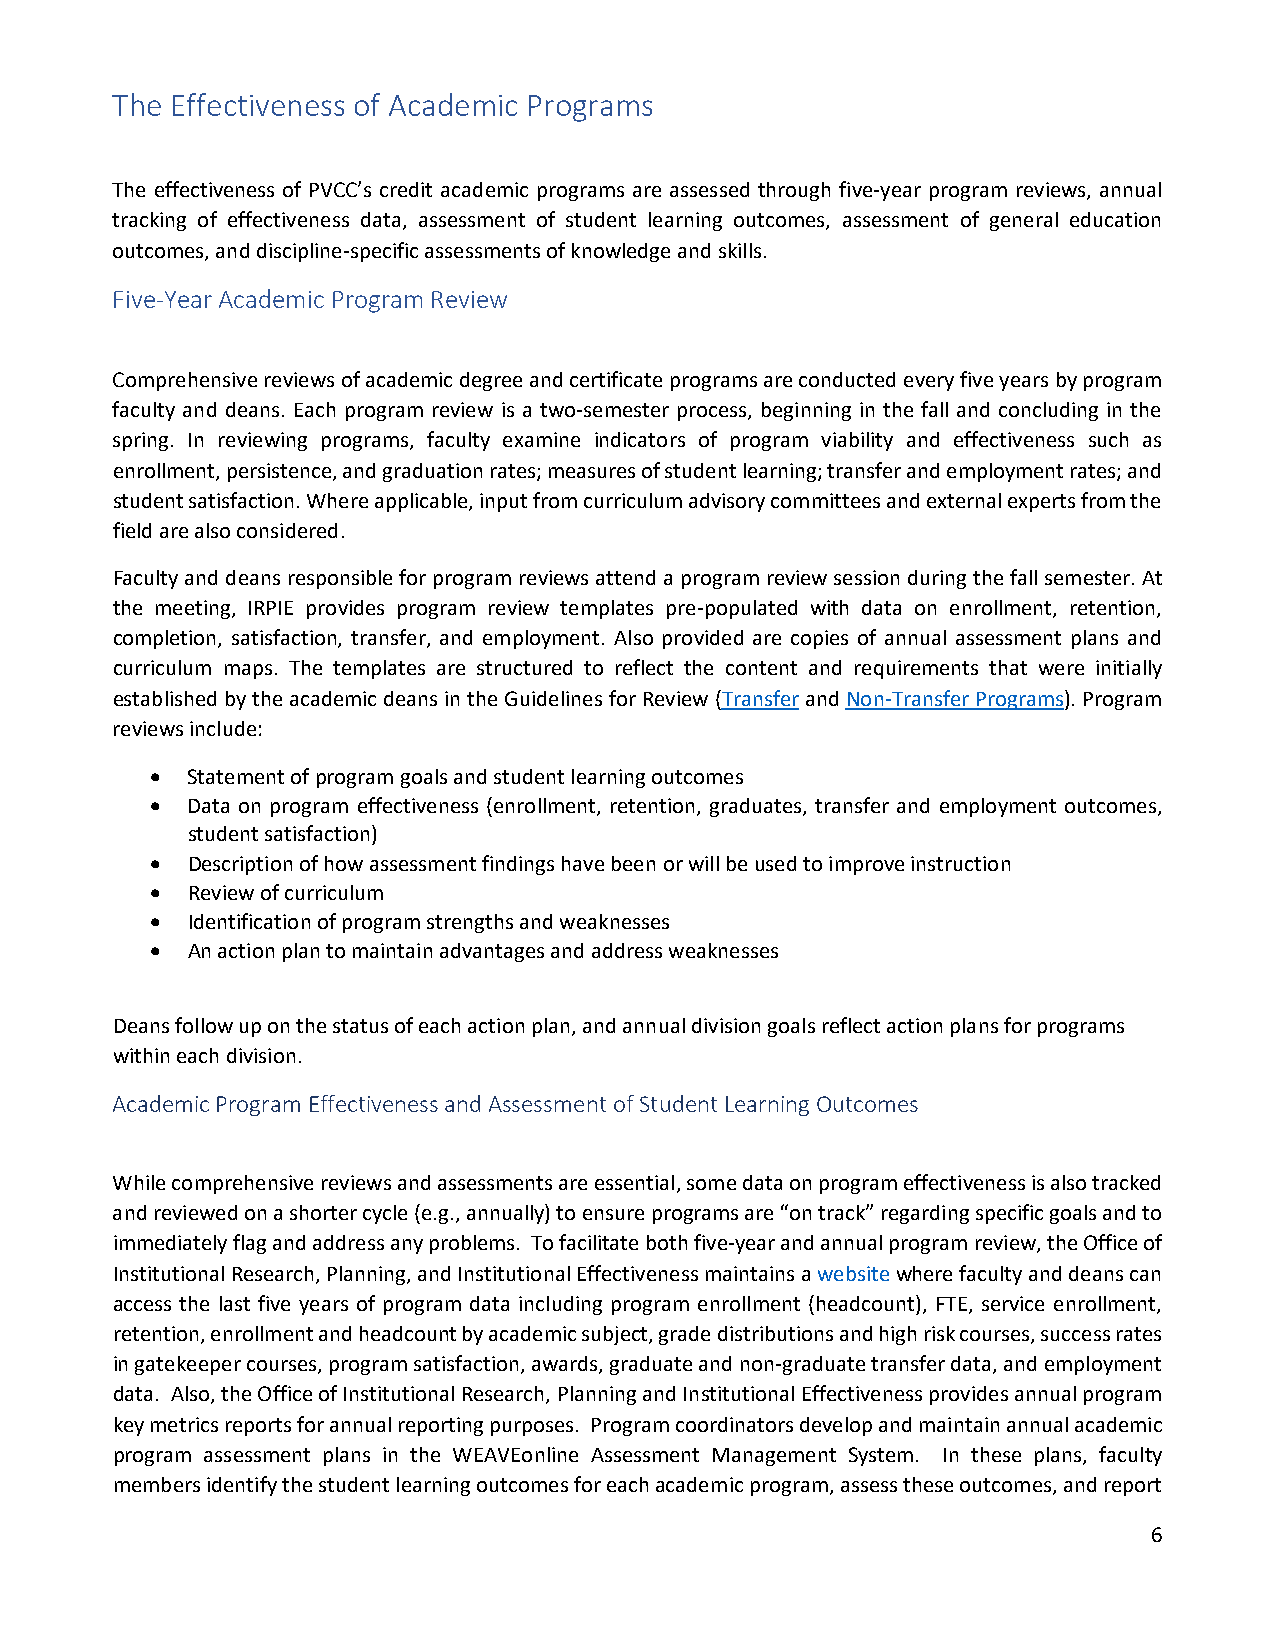
The Effectiveness of Academic Programs
 The effectiveness of PVCC’s credit academic programs are assessed through five-year program reviews, annual
 tracking of effectiveness data, assessment of student learning outcomes, assessment of general education
 outcomes, and discipline-specific assessments of knowledge and skills.
 Five-Year Academic Program Review
 Comprehensive reviews of academic degree and certificate programs are conducted every five years by program
 faculty and deans. Each program review is a two-semester process, beginning in the fall and concluding in the
 spring. In reviewing programs, faculty examine indicators of program viability and effectiveness such as
 enrollment, persistence, and graduation rates; measures of student learning; transfer and employment rates; and
 student satisfaction. Where applicable, input from curriculum advisory committees and external experts from the
 field are also considered.
 Faculty and deans responsible for program reviews attend a program review session during the fall semester. At
 the meeting, IRPIE provides program review templates pre-populated with data on enrollment, retention,
 completion, satisfaction, transfer, and employment. Also provided are copies of annual assessment plans and
 curriculum maps. The templates are structured to reflect the content and requirements that were initially
 established by the academic deans in the Guidelines for Review (Transfer and Non-Transfer Programs). Program
 reviews include:
 • Statement of program goals and student learning outcomes
 • Data on program effectiveness (enrollment, retention, graduates, transfer and employment outcomes,
 student satisfaction)
 • Description of how assessment findings have been or will be used to improve instruction
 • Review of curriculum
 • Identification of program strengths and weaknesses
 • An action plan to maintain advantages and address weaknesses
 Deans follow up on the status of each action plan, and annual division goals reflect action plans for programs
 within each division.
 Academic Program Effectiveness and Assessment of Student Learning Outcomes
 While comprehensive reviews and assessments are essential, some data on program effectiveness is also tracked
 and reviewed on a shorter cycle (e.g., annually) to ensure programs are “on track” regarding specific goals and to
 immediately flag and address any problems. To facilitate both five-year and annual program review, the Office of
 Institutional Research, Planning, and Institutional Effectiveness maintains a website where faculty and deans can
 access the last five years of program data including program enrollment (headcount), FTE, service enrollment,
 retention, enrollment and headcount by academic subject, grade distributions and high risk courses, success rates
 in gatekeeper courses, program satisfaction, awards, graduate and non-graduate transfer data, and employment
 data. Also, the Office of Institutional Research, Planning and Institutional Effectiveness provides annual program
 key metrics reports for annual reporting purposes. Program coordinators develop and maintain annual academic
 program assessment plans in the WEAVEonline Assessment Management System. In these plans, faculty
 members identify the student learning outcomes for each academic program, assess these outcomes, and report
 6